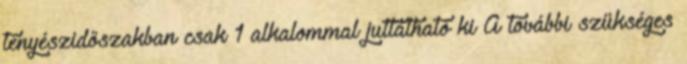
tenyészidőszakban csak 1 alkalommal juttatható ki A további szükséges